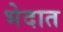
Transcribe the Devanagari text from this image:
भेदात